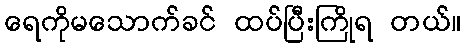
ရေကိုမသောက်ခင် ထပ်ပြီးကြိုရ တယ်။